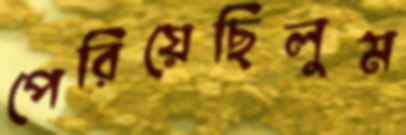
পেরিয়েছিলুম